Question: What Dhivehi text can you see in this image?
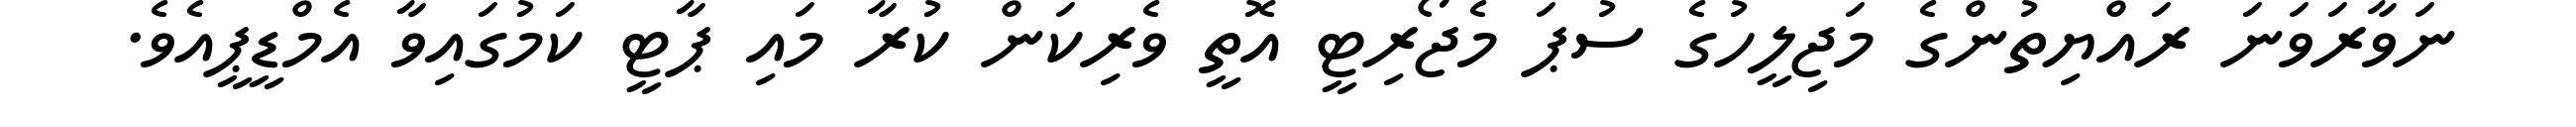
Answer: ނަވާރަވަނަ ރައްޔިތުންގެ މަޖިލީހުގެ ސުޕަ މެޖޯރިޓީ އޮތީ ވެރިކަން ކުރާ މައި ޕާޓީ ކަމުގައިވާ އެމްޑީޕީއެވެ.